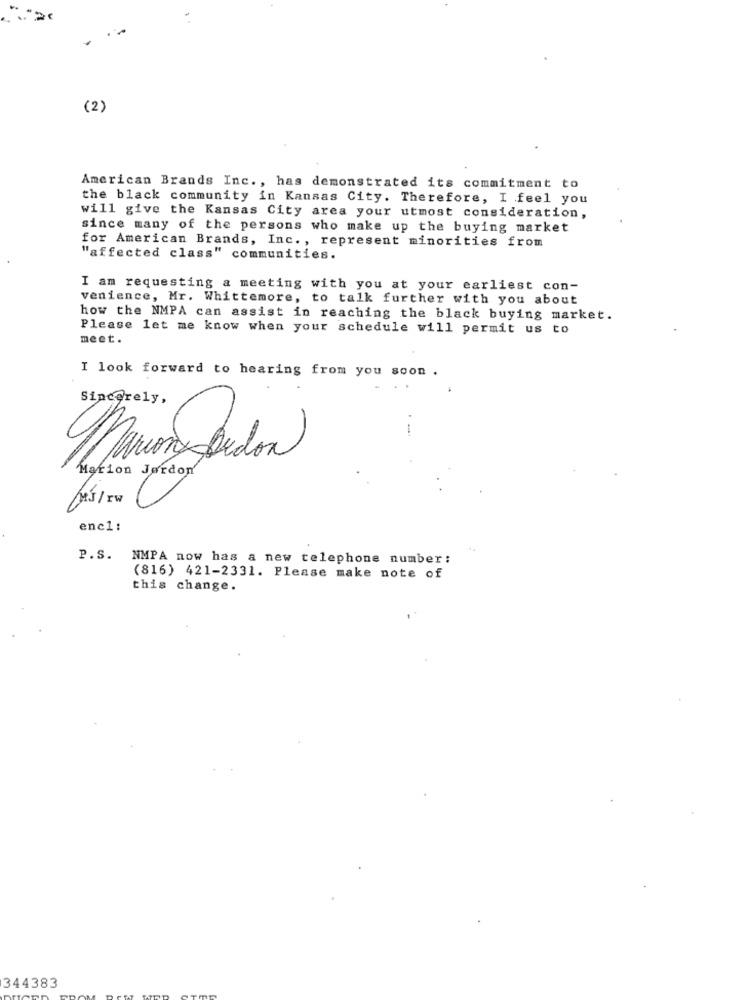
..
(2)
American Brands Inc. , has demonstrated its commitment to
the black community in Kansas City. Therefore, I feel you
will give the Kansas City area your utmost consideration,
since many of the persons who make up the buying market
for American Brands, Inc ., represent minorities from
"affected class" communities.
I am requesting a meeting with you at your earliest con-
venience, Mr. Whittemore, to talk further with you about
how the NMPA can assist in reaching the black buying market.
Please let me know when your schedule will permit us to
meet.
I look forward to hearing from you soon .
Sincerely,
Maniera Jedon
Marion Jordon'
enc1:
P.S. NMPA now has a new telephone number :
(816) 421-2331. Please make note of
this change.
344383